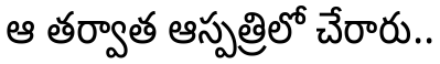
ఆ తర్వాత ఆస్పత్రిలో చేరారు..